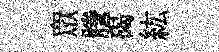
衆謄碣紘